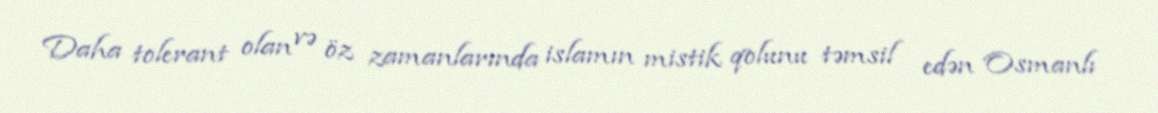
Daha tolerant olan və öz zamanlarında islamın mistik qolunu təmsil edən Osmanlı